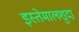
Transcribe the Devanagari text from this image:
इस्तेमालशुदा